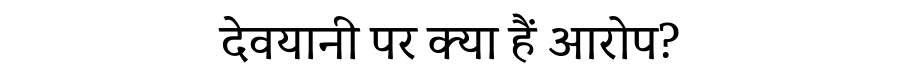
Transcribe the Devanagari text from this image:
देवयानी पर क्या हैं आरोप?